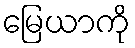
မြေယာကို